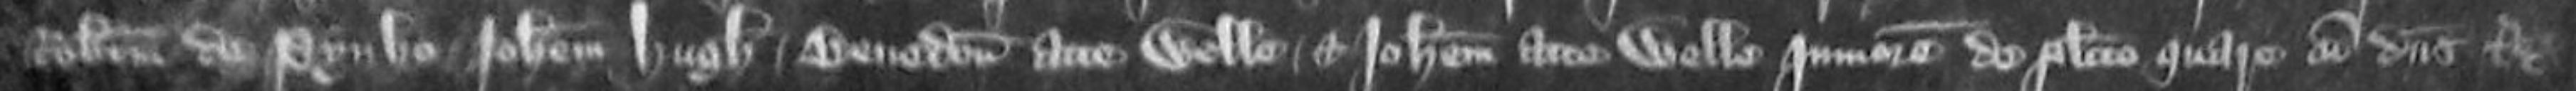
Robertum de Pynhe Johannem Hugh Benedictum atte Welle et Johannem atte Welle juniore de placito quare cum dominus Rex